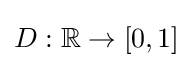
D:\mathbb {R} \rightarrow [0,1]